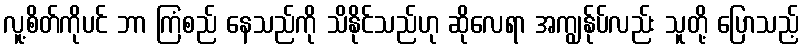
လူ့စိတ်ကိုပင် ဘာ ကြံစည် နေသည်ကို သိနိုင်သည်ဟု ဆိုလေရာ အကျွန်ုပ်လည်း သူတို့ ပြောသည့်